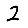
Digit: 2